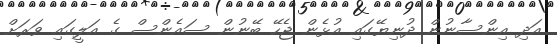
އަދި އިންސާނުން ދުނިޔޭގައި އުޅެން ޖެހޭ ބޭނުން ސައެންސް ގެ އަލީގައި ވަރަށް